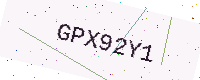
Text: GPX92Y1